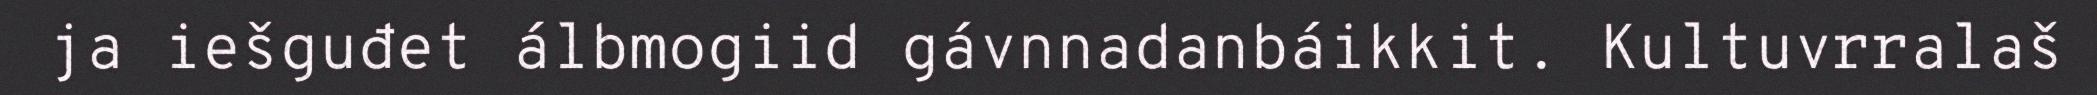
ja iešguđet álbmogiid gávnnadanbáikkit. Kultuvrralaš